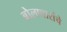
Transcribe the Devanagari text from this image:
बोलणारांचे